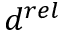
d ^ { r e l }